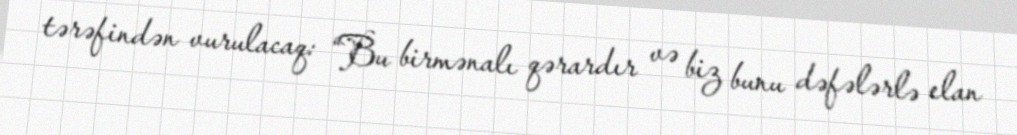
tərəfindən vurulacaq: “Bu birmənalı qərardır və biz bunu dəfələrlə elan